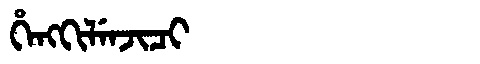
Manchu: ᡥᡝᠩᡴᡳᠯᡝᠨᠵᡳᠴᡳ
Romanization: HENGKILENJICI